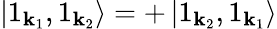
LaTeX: \left|1_{\mathbf{k}_{1}},1_{\mathbf{k}_{2}}\right\rangle=+\left|1_{\mathbf{k}_{2}},1_{\mathbf{k}_{1}}\right\rangle